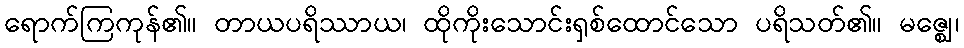
ရောက်ကြကုန်၏။ တာယပရိဿာယ၊ ထိုကိုးသောင်းရှစ်ထောင်သော ပရိသတ်၏။ မဇ္ဈေ၊